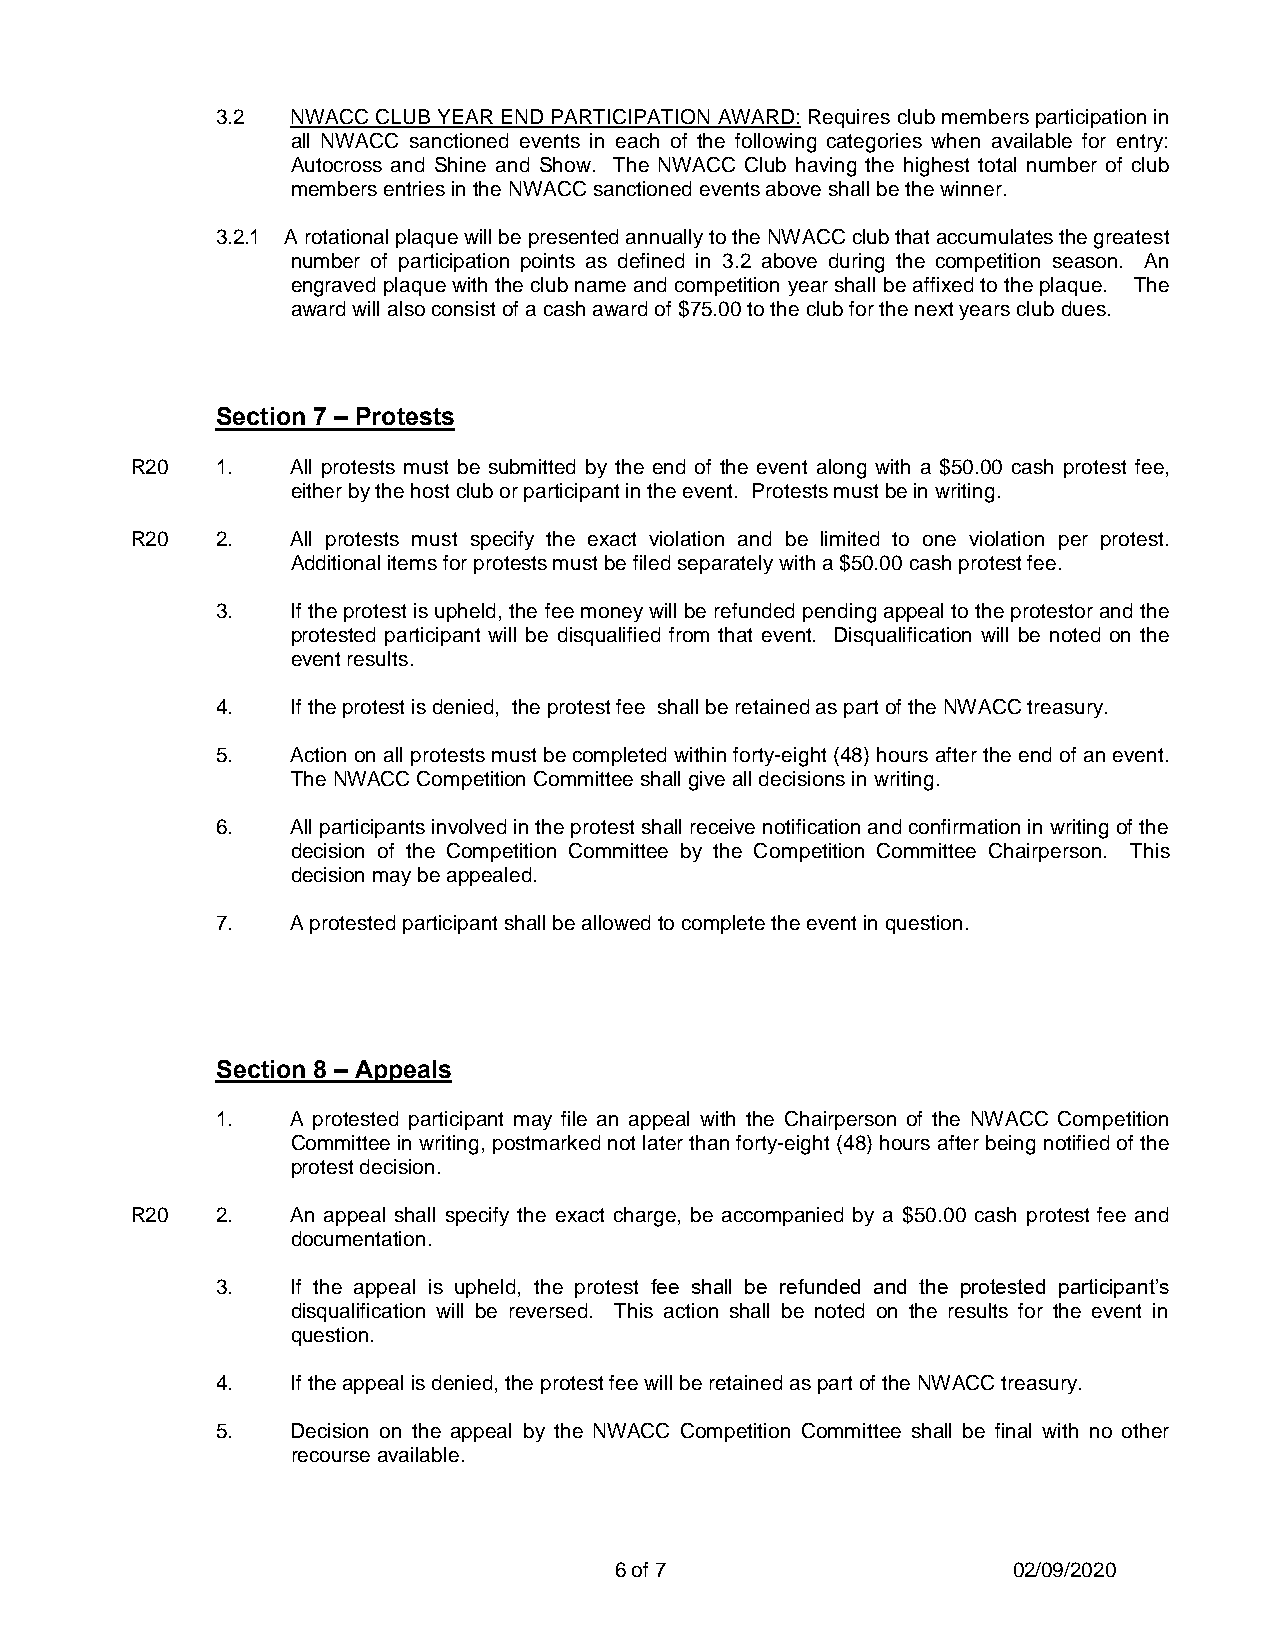
3.2  NWACC CLUB YEAR END PARTICIPATION AWARD: Requires club members participation in
 all NWACC sanctioned events in each of the following categories when available for entry:
 Autocross and Shine and Show. The NWACC Club having the highest total number of club
 members entries in the NWACC sanctioned events above shall be the winner.
 3.2.1 A rotational plaque will be presented annually to the NWACC club that accumulates the greatest
 number of participation points as defined in 3.2 above during the competition season. An
 engraved plaque with the club name and competition year shall be affixed to the plaque. The
 award will also consist of a cash award of $75.00 to the club for the next years club dues.
 Section 7 – Protests
 R20  1.   All protests must be submitted by the end of the event along with a $50.00 cash protest fee,
 either by the host club or participant in the event. Protests must be in writing.
 R20  2.   All protests must specify the exact violation and be limited to one violation per protest.
 Additional items for protests must be filed separately with a $50.00 cash protest fee.
 3.   If the protest is upheld, the fee money will be refunded pending appeal to the protestor and the
 protested participant will be disqualified from that event. Disqualification will be noted on the
 event results.
 4.   If the protest is denied, the protest fee shall be retained as part of the NWACC treasury.
 5.   Action on all protests must be completed within forty-eight (48) hours after the end of an event.
 The NWACC Competition Committee shall give all decisions in writing.
 6.   All participants involved in the protest shall receive notification and confirmation in writing of the
 decision of the Competition Committee by the Competition Committee Chairperson. This
 decision may be appealed.
 7.   A protested participant shall be allowed to complete the event in question.
 Section 8 – Appeals
 1.   A protested participant may file an appeal with the Chairperson of the NWACC Competition
 Committee in writing, postmarked not later than forty-eight (48) hours after being notified of the
 protest decision.
 R20  2.   An appeal shall specify the exact charge, be accompanied by a $50.00 cash protest fee and
 documentation.
 3.   If the appeal is upheld, the protest fee shall be refunded and the protested participant’s
 disqualification will be reversed. This action shall be noted on the results for the event in
 question.
 4.   If the appeal is denied, the protest fee will be retained as part of the NWACC treasury.
 5.   Decision on the appeal by the NWACC Competition Committee shall be final with no other
 recourse available.
 6 of 7                    02/09/2020